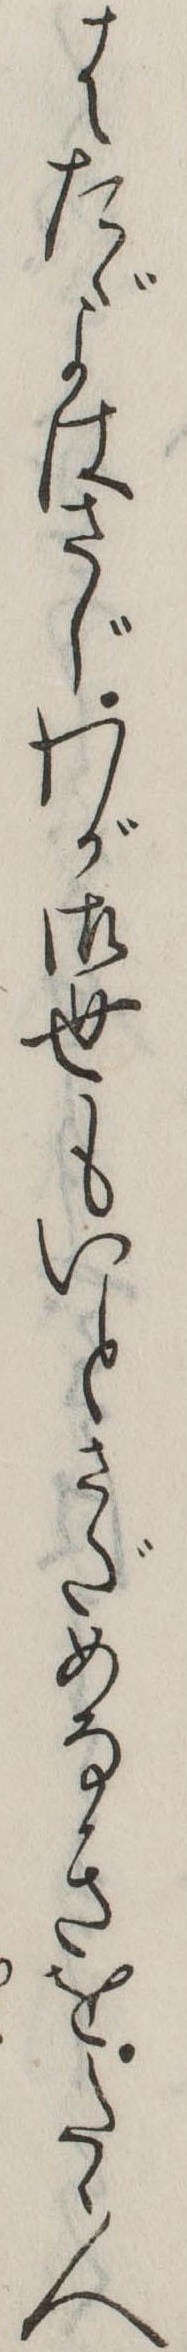
はたゞよはさじわが御世もいとさだめなきをたゝ人